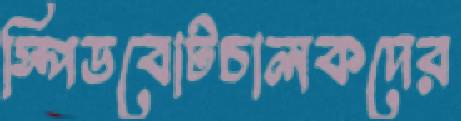
স্পিডবোটচালকদের